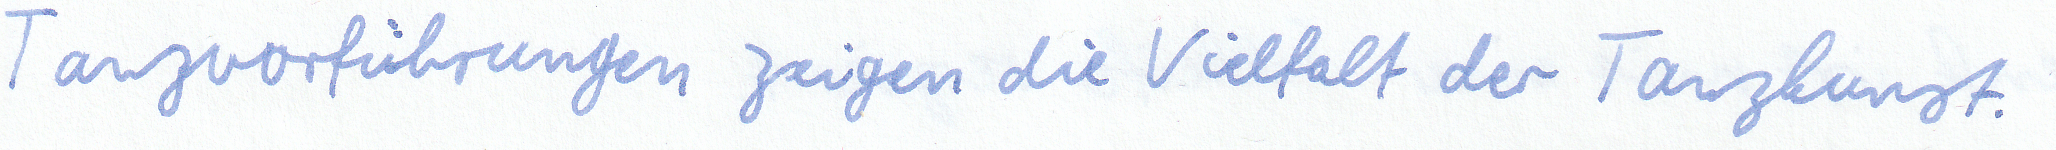
Tanzvorführungen zeigen die Vielfalt der Tanzkunst.